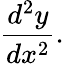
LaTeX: {\frac{d^{2}y}{dx^{2}}}.